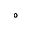
^ { \circ }